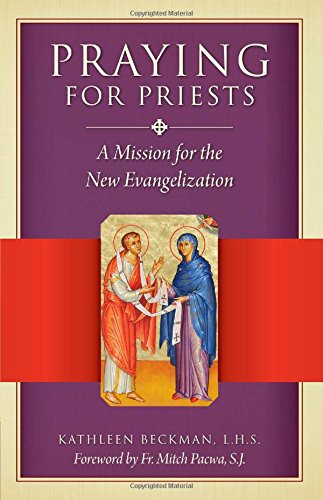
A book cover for Praying for Priests: A Mission for the New Evangelization; Kathleen Beckman; Christian Books & Bibles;